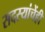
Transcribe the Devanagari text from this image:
सदस्यांचेंही